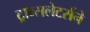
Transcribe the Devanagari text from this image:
ट्रान्सलेटर्सने